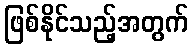
ဖြစ်နိုင်သည့်အတွက်